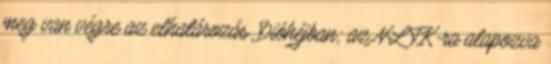
meg van végre az elhatározás. Dióhéjban; az NLTK-ra alapozva